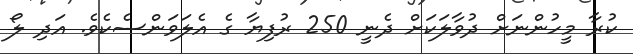
ކުރާ މީހުންނަށް ދުވާލަކަށް ދެނީ 250 ރުފިޔާ ގެ އެލަވަންސެކެވެ. އަދި ލޯ